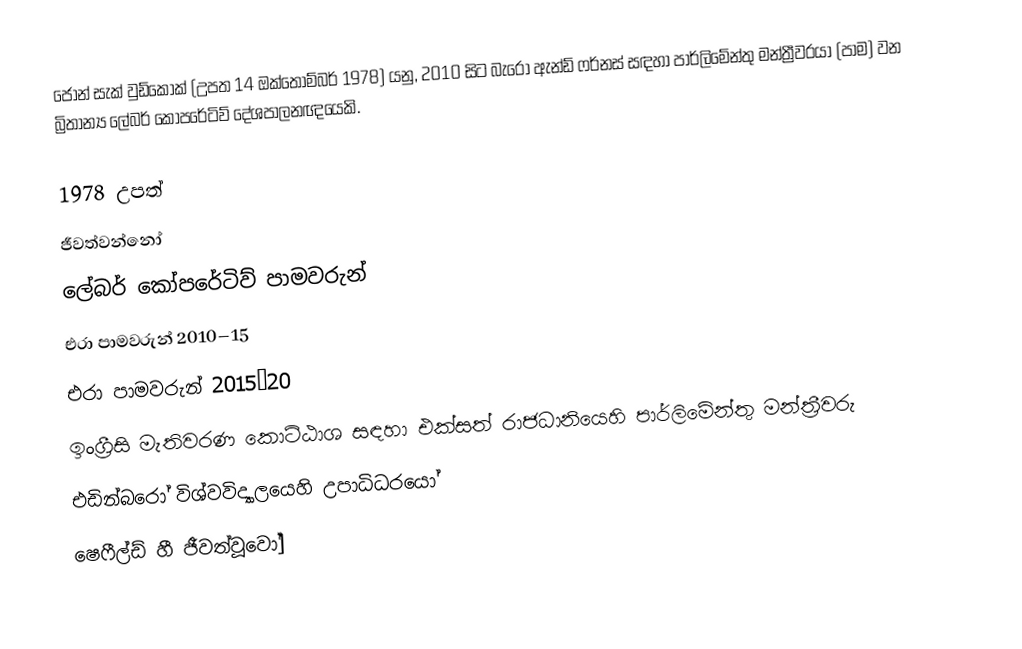
ජෝන් සැක් වුඩ්කොක් (උපත 14 ඔක්තොම්බර් 1978) යනු,  2010 සිට  බැරෝ ඇන්ඩ් ෆර්නස් සඳහා පාර්ලිමේන්තු මන්ත්‍රීවරයා (පාම) වන බ්‍රිතාන්‍ය ලේබර් කෝපරේටිව් දේශපාලනඥයෙකි.

1978 උපත්
ජීවත්වන්නෝ
ලේබර් කෝපරේටිව් පාමවරුන්
එරා පාමවරුන් 2010–15
එරා පාමවරුන් 2015–20
 ඉංග්‍රීසි මැතිවරණ කොට්ඨාශ සඳහා එක්සත් රාජධානියෙහි පාර්ලිමේන්තු මන්ත්‍රීවරු
 එඩින්බරෝ විශ්වවිද්‍යාලයෙහි උපාධිධරයෝ
 ෂෙෆීල්ඩ් හී ජීවත්වූවෝ]